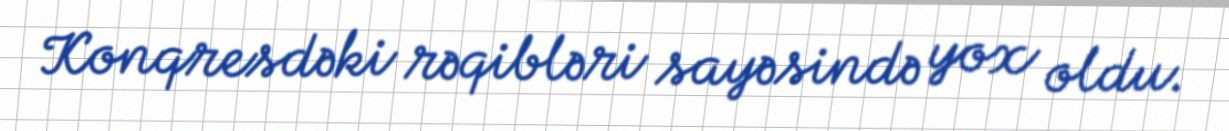
Konqresdəki rəqibləri sayəsində yox oldu.